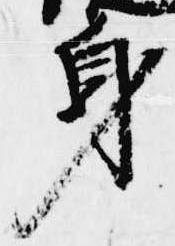
身